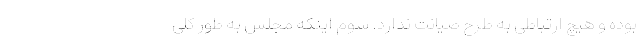
بوده و هیچ ارتباطی به طرح صیانت ندارد. سوم اینکه مجلس به طور کلی